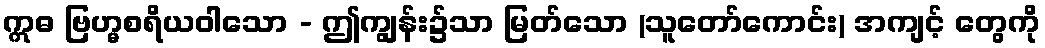
ဣဓ ဗြဟ္မစရိယဝါသော - ဤကျွန်း၌သာ မြတ်သော (သူတော်ကောင်း) အကျင့် တွေကို